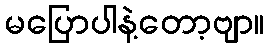
မပြောပါနဲ့တော့ဗျာ။